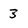
Character: 3